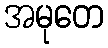
အမုတေ